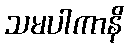
သမပါကာနိ